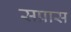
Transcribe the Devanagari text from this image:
सप्रास